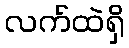
လက်ထဲရှိ